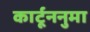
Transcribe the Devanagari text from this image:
कार्टूननुमा